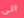
الى